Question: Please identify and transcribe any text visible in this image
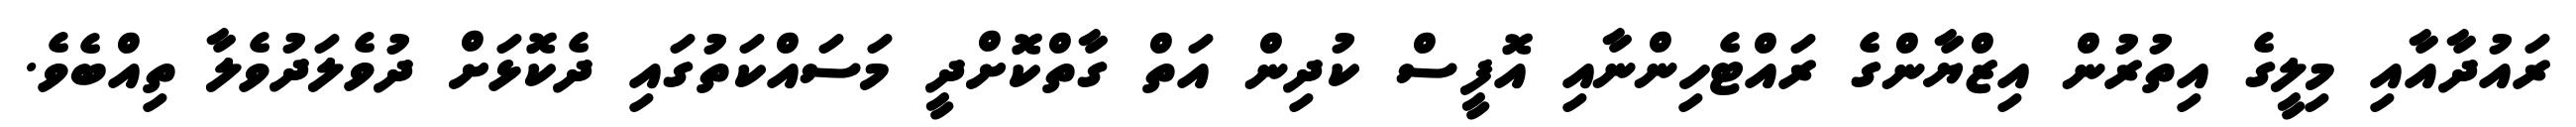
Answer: ރައުދާއާއި މިލީގެ އިތުރުން އިޒްޔާންގެ ރައްޓެހިންނާއި އޮފީސް ކުދިން އަތް ގާތްކޮށްދީ މަސައްކަތުގައި ދެކޮޅަށް ދުވެލަދުވެލާ ތިއްބެވެ.